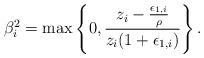
LaTeX: \begin{align*}\beta_{i}^2 = \max\left\{0, \frac{z_i-\frac{\epsilon_{1,i}}{\rho}}{z_i(1+\epsilon_{1,i})}\right\}.\end{align*}